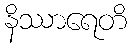
နိဿာရေတိ